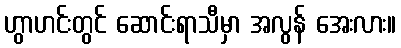
ဟွာဟင်းတွင် ဆောင်းရာသီမှာ အလွန် အေးလား။